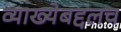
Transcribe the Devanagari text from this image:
व्याख्येबद्दलच